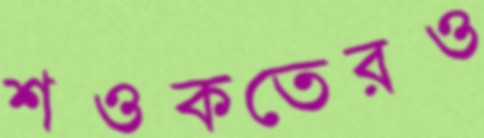
শওকতেরও